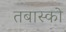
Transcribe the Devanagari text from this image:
तबास्को